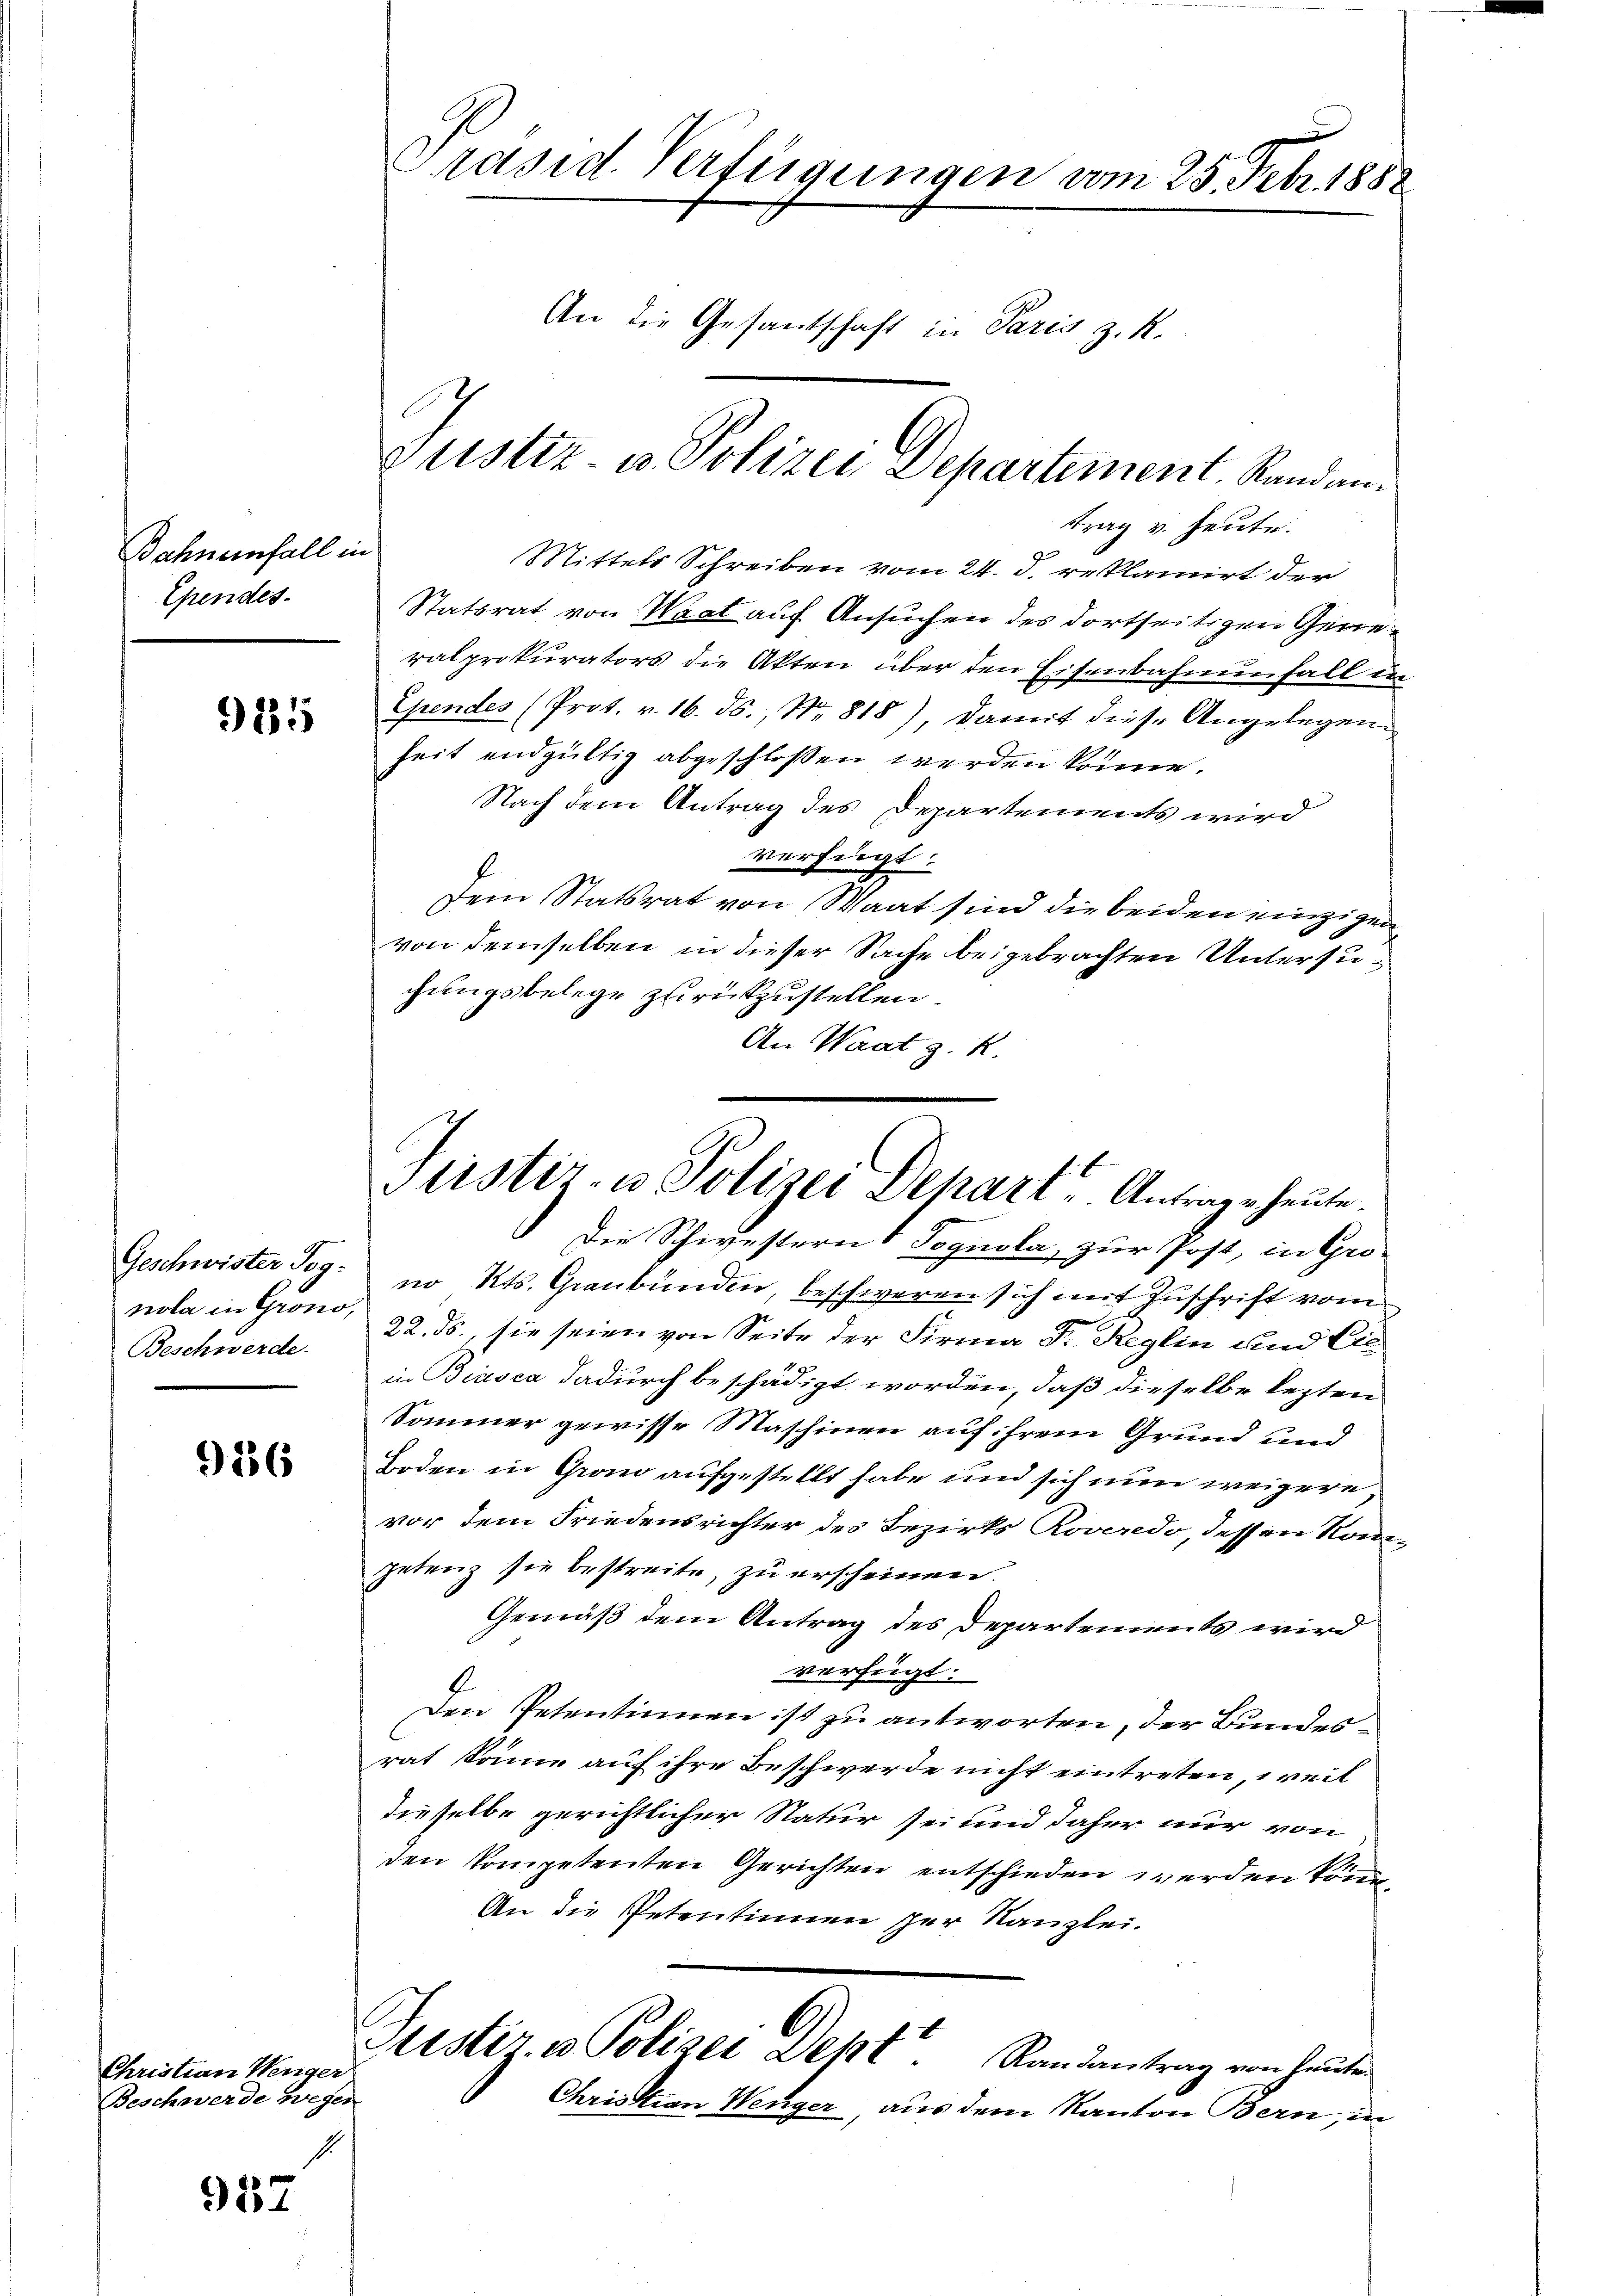
Bahn einfall in
Ependes.

925

Geschwister Pognola in Grono,
Beschwerde.

9186

Christian Weniger
Beschwerde wegen

957

Präsid. Verfügungen vom 25. Febr. 1888
An die Gesantschaft in Paris z. R.
Justiz u. Polizei Departiment. Sandan¬

Mittels Schreiben vom 24. d. reklamirt der
Statsrat von Waat auf Ansuchen des dortseitigen Generalprokurators die Akten über den Eisenbahnenfall u.
Ependes (Prot. v. 16. ds., Nr. 818), damit diese Angelegen
heit endgültig abgeschlossen werden könne.
Nach dem Antrag des Departements wird
verfügt:
Dem Statsrat von Waat sind die beiden einzigen
von demselben in dieser Sache beigebrachten Untersugungsbelege zurückzustellen
An Wart z. R.
 Die Schwestern & Tognola, zur Post, in Gro-
no Kts. Graubünden, beschweren sich mit Zuschrift vom
22. ds., sie seien von Seite der Firma Fr. Reglin und Cie
9
in Biasca dadurch beschädigt worden, daß dieselbe lezten
Sommer gewisse Maschinen auf ihrem Grund und
Boden in Grom aufgestellt habe und sich nun weigere
vor dem Friedensrichter des Bezirks Roveredo, dessen kom
petenz sie bestreite, zu erscheinen.
Gemäß dem Antrag des Departements wird
verfügt:
Den Petentinnen ist zu antworten, der Bundesrat könne auf ihre Beschwerde nicht eintreten, weil
dieselbe gerichtlicher Natur sei und daher nur von
den kompetenten Gerichten entschieden werden könne.
An die Petentinnen per Kanzlei.
Sistir- u Polizei Seht. Randantrag von heuten
Christian Wenger, aus dem Kanton Bern, in

trag v. heute.

Pristiz- u Polizei Depart, Antrage heute.